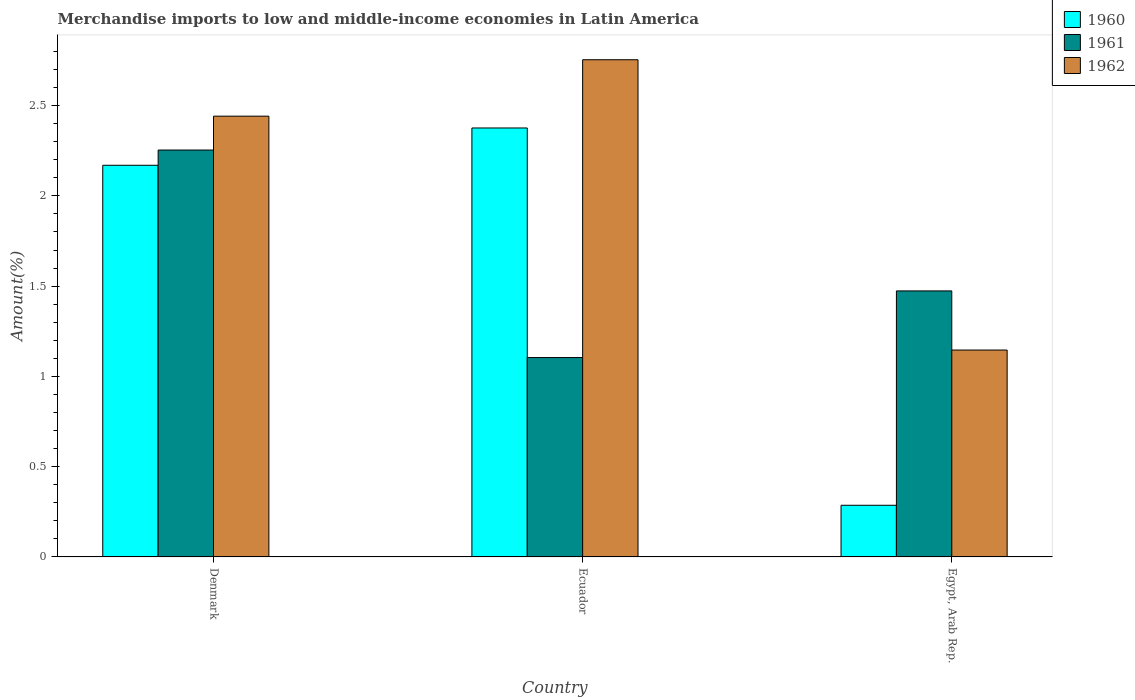
| Country | 1960 | 1961 | 1962 |
 | --- | --- | --- | --- |
 | Denmark | 2.17 | 2.25 | 2.44 |
 | Ecuador | 2.38 | 1.1 | 2.75 |
 | Egypt, Arab Rep. | 0.286 | 1.47 | 1.15 |